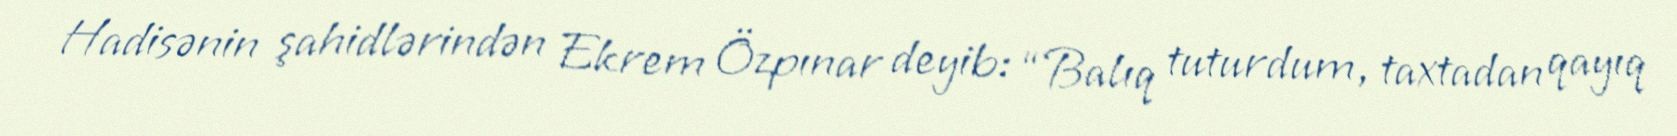
Hadisənin şahidlərindən Ekrem Özpınar deyib: “Balıq tuturdum, taxtadan qayıq